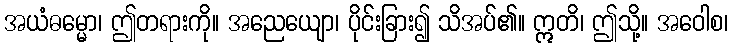
အယံဓမ္မော၊ ဤတရားကို။ အညေယျော၊ ပိုင်းခြား၍ သိအပ်၏။ ဣတိ၊ ဤသို့။ အဝေါစ၊